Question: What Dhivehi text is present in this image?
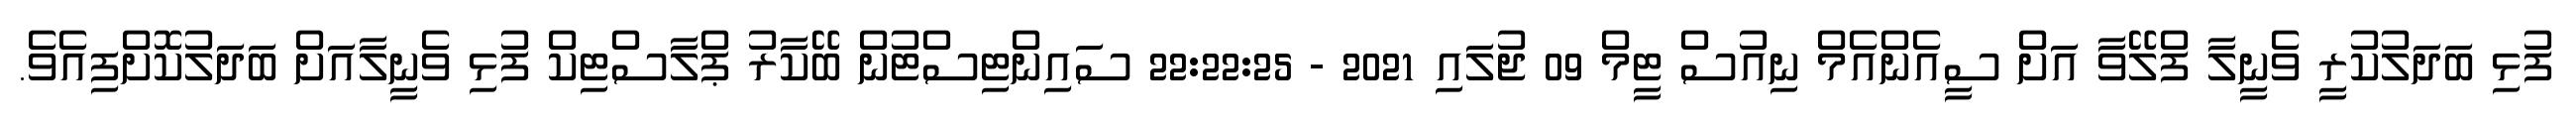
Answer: ފުޅި ބަދަލުކުރީ ވެނީލާ ފްލޭވާ އަށް ސީއެންއެމް ނިއުސް ޓީމް 09 ޖުލައި 2021 - 22:22:25 ސައިންޓިސްޓުން ބޭކާރު ޕްލާސްޓިކް ފުޅި ވެނީލާއަށް ބަދަލުކޮށްފިއެވެ.